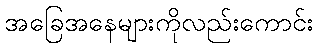
အခြေအနေများကိုလည်းကောင်း